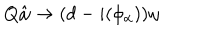
Q \hat { \omega } \to ( d - i ( \phi _ { \alpha } ) ) \omega